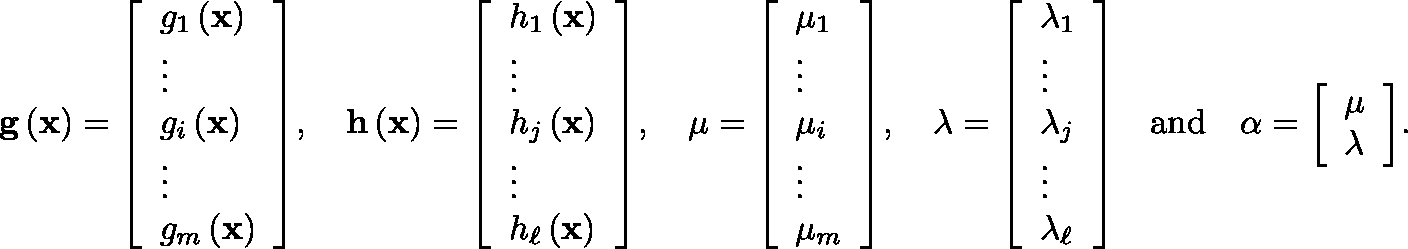
\mathbf { g } \left( \mathbf { x } \right) = { \left[ \begin{array} { l } { g _ { 1 } \left( \mathbf { x } \right) } \\ { \vdots } \\ { g _ { i } \left( \mathbf { x } \right) } \\ { \vdots } \\ { g _ { m } \left( \mathbf { x } \right) } \end{array} \right] } , \quad \mathbf { h } \left( \mathbf { x } \right) = { \left[ \begin{array} { l } { h _ { 1 } \left( \mathbf { x } \right) } \\ { \vdots } \\ { h _ { j } \left( \mathbf { x } \right) } \\ { \vdots } \\ { h _ { \ell } \left( \mathbf { x } \right) } \end{array} \right] } , \quad \mathbf { \mu } = { \left[ \begin{array} { l } { \mu _ { 1 } } \\ { \vdots } \\ { \mu _ { i } } \\ { \vdots } \\ { \mu _ { m } } \end{array} \right] } , \quad \mathbf { \lambda } = { \left[ \begin{array} { l } { \lambda _ { 1 } } \\ { \vdots } \\ { \lambda _ { j } } \\ { \vdots } \\ { \lambda _ { \ell } } \end{array} \right] } \quad { \mathrm { a n d } } \quad \mathbf { \alpha } = { \left[ \begin{array} { l } { \mu } \\ { \lambda } \end{array} \right] } .